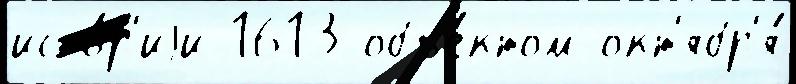
исто́р'иjи 1613 объе́ктом окт'ябр'я́